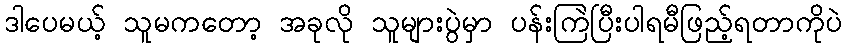
ဒါပေမယ့် သူမကတော့ အခုလို သူများပွဲမှာ ပန်းကြဲပြီးပါရမီဖြည့်ရတာကိုပဲ